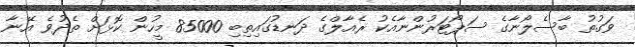
ވަގުތު ބާސެލޯނާގެ ސަޕޯޓަރުންނާއެކު ރެއާލްގެ ދަނޑުގައިތިބި 85000 މީހުން ކޮޅަށް ތެދުވެ އޭނާ